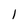
Character: 1